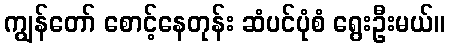
ကျွန်တော် စောင့်နေတုန်း ဆံပင်ပုံစံ ရွေးဦးမယ်။